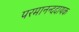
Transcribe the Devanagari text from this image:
परमानन्ददायक